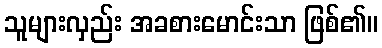
သူများလှည်း အခစားမောင်းသာ ဖြစ်၏။